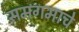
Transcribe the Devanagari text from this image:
समगमाचे